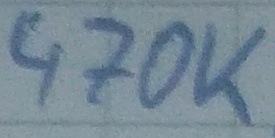
Text: 470K